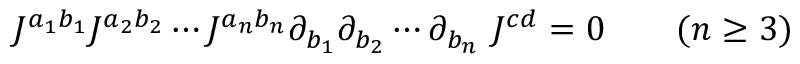
J ^ { a _ { 1 } b _ { 1 } } J ^ { a _ { 2 } b _ { 2 } } \cdots J ^ { a _ { n } b _ { n } } \partial _ { b _ { 1 } } \partial _ { b _ { 2 } } \cdots \partial _ { b _ { n } } \ J ^ { c d } = 0 \qquad ( n \geq 3 )